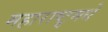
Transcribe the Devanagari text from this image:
महाराष्ट्र्मधे